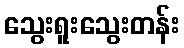
သွေးရူးသွေးတန်း